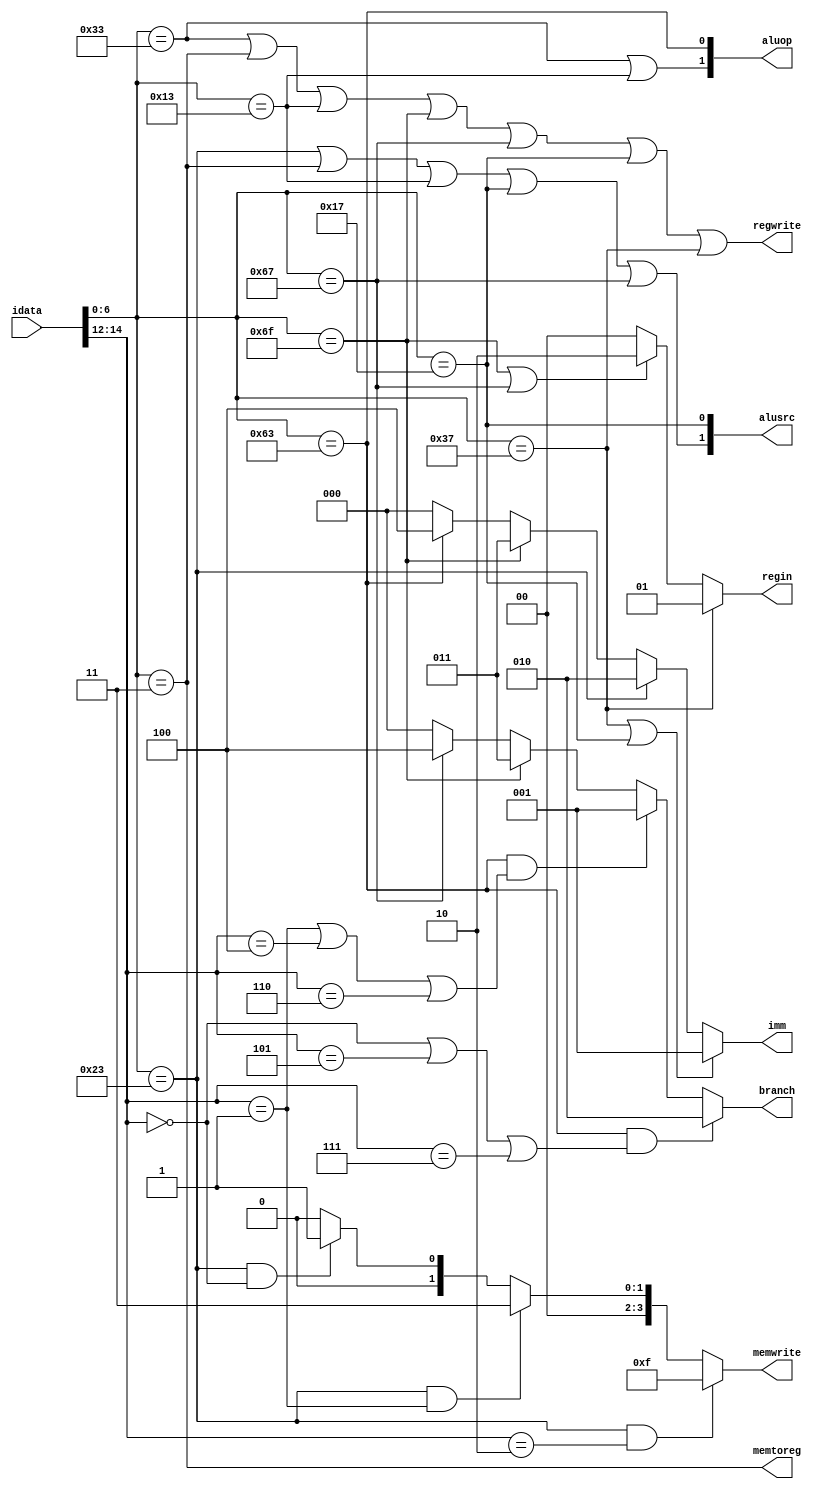
module control(
	
    input [31:0] idata,   //instr.
    output [1:0] alusrc,        
    output memtoreg,
    output regwrite,
    output reg [3:0] memwrite,
    output reg [2:0] branch,
    output [1:0] aluop,
	output reg [1:0] regin,
	output reg  [2:0] imm     
    );
	 
    wire [6:0] opcode;
    wire [2:0] funct3;

    assign opcode = idata[6:0];
    assign funct3 = idata[14:12];

    always @(*) begin
        if (opcode == 7'b1100011 && (funct3 == 3'b000 ||  funct3 == 3'b101 || funct3 == 3'b111)) branch= 3'b010;  //BEQ, BGE, BGEU
        else if (opcode == 7'b1100011 && (funct3 == 3'b001 || funct3 == 3'b100 || funct3 == 3'b110)) branch= 3'b001; // BNE, BLT, BLTU
        else if (opcode == 7'b1101111 ) branch= 3'b011; // JAL
        else if (opcode == 7'b1100111 ) branch= 3'b100; // JALR
        else branch= 3'b000; //Non-branching instr.
    end


    assign memtoreg = (opcode == 7'b0000011); // is asserted only in the case of load instr

    always @(*)begin
        if (opcode == 7'b0100011 && funct3 == 3'b010) memwrite= 4'b1111;         //SW
        else if (opcode == 7'b0100011 && funct3 == 3'b001) memwrite= 4'b0011;    //SH
        else if (opcode == 7'b0100011 && funct3 == 3'b000) memwrite= 4'b0001;    //SB
        else memwrite= 4'b0000;
    end                   


    assign regwrite=(opcode == 7'b0110011 || opcode == 7'b0000011 || opcode == 7'b0010011 || opcode == 7'b1101111 || opcode == 7'b1100111 || opcode == 7'b0010111 || opcode == 7'b0110111);            // asserted only for ALU (R-I), Load, JAL,JALR, LUI, AUIPC instr.



    assign alusrc[1] = (opcode == 7'b0100011 || opcode == 7'b0000011 || opcode == 7'b0010011 || opcode == 7'b0010111 || opcode == 7'b1100111);  //controls in2- is asserted in all I type (JALR,ALUI,Load) instr. & Store instr.
    assign alusrc[0] = (opcode == 7'b0010111); // controls in1- only asserted in case of AUIPC instr. where rs1=PC & rs2=immgen 
    
    

    assign aluop[1] = (opcode == 7'b0110011 || opcode == 7'b0010011 ); // aluop=2'b 10 for all usual ALU(i.e R and ALU-I) type instr.
    assign aluop[0] = (opcode == 7'b1100011);                          // aluop=2'b01 for all branch instr.
    
    // For rest all instr. aluop=2'b00 ( eg-load-store,jalr where simple addition has to take place)


    always @(*) begin
        if (opcode == 7'b0110111) regin= 2'b01;                                // immgen value is placed in rd in case of LUI instr.
        else if (opcode == 7'b1101111 || opcode == 7'b1100111) regin = 2'b10; // JAL,JALR instr. regin is PC + 4 due to linking
        else regin= 2'b00;                                                    // In all other cases regin comes from mem_to regdata
    end

    always @(*)begin
        if (opcode == 7'b0110111 || opcode == 7'b0010111) imm= 3'b001;     // U type instr.
        else if (opcode == 7'b0100011) imm= 3'b010;                        //S type instr.
        else if (opcode == 7'b1101111) imm= 3'b011;                        //J type JAL instr.
        else if (opcode == 7'b1100011) imm= 3'b100;                        //B type instr.
        else imm=3'b000;                                                   // I type ( Load, ALUI, JALR) instr. 
    end

 endmodule